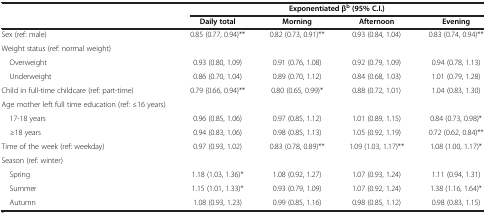
<table><thead><tr><td><b> </b></td><td colspan="4"><b>Exponentiated β<sup>b </sup>(95% C.I.)</b></td></tr><tr><td><b> </b></td><td><b>Daily total</b></td><td><b>Morning</b></td><td><b>Afternoon</b></td><td><b>Evening</b></td></tr></thead><tbody><tr><td>Sex (ref: male)</td><td>0.85 (0.77, 0.94)**</td><td>0.82 (0.73, 0.91)**</td><td>0.93 (0.84, 1.04)</td><td>0.83 (0.74, 0.94)**</td></tr><tr><td>Weight status (ref: normal weight)</td><td> </td><td> </td><td> </td><td> </td></tr><tr><td> Overweight</td><td>0.93 (0.80, 1.09)</td><td>0.91 (0.76, 1.08)</td><td>0.92 (0.79, 1.09)</td><td>0.94 (0.78, 1.13)</td></tr><tr><td> Underweight</td><td>0.86 (0.70, 1.04)</td><td>0.89 (0.70, 1.12)</td><td>0.84 (0.68, 1.03)</td><td>1.01 (0.79, 1.28)</td></tr><tr><td>Child in full-time childcare (ref: part-time)</td><td>0.79 (0.66, 0.94)**</td><td>0.80 (0.65, 0.99)*</td><td>0.88 (0.72, 1.01)</td><td>1.04 (0.83, 1.30)</td></tr><tr><td>Age mother left full time education (ref: ≤16 years)</td><td> </td><td> </td><td> </td><td> </td></tr><tr><td> 17-18 years</td><td>0.96 (0.85, 1.06)</td><td>0.97 (0.85, 1.12)</td><td>1.01 (0.89, 1.15)</td><td>0.84 (0.73, 0.98)*</td></tr><tr><td> ≥18 years</td><td>0.94 (0.83, 1.06)</td><td>0.98 (0.85, 1.13)</td><td>1.05 (0.92, 1.19)</td><td>0.72 (0.62, 0.84)**</td></tr><tr><td>Time of the week (ref: weekday)</td><td>0.97 (0.93, 1.02)</td><td>0.83 (0.78, 0.89)**</td><td>1.09 (1.03, 1.17)**</td><td>1.08 (1.00, 1.17)*</td></tr><tr><td>Season (ref: winter)</td><td> </td><td> </td><td> </td><td> </td></tr><tr><td> Spring</td><td>1.18 (1.03, 1.36)*</td><td>1.08 (0.92, 1.27)</td><td>1.07 (0.93, 1.24)</td><td>1.11 (0.94, 1.31)</td></tr><tr><td> Summer</td><td>1.15 (1.01, 1.33)*</td><td>0.93 (0.79, 1.09)</td><td>1.07 (0.92, 1.24)</td><td>1.38 (1.16, 1.64)*</td></tr><tr><td> Autumn</td><td>1.08 (0.93, 1.23)</td><td>0.99 (0.85, 1.16)</td><td>0.98 (0.85, 1.12)</td><td>0.98 (0.83, 1.15)</td></tr></tbody></table>